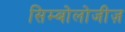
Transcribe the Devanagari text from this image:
सिम्बोलोजीज़